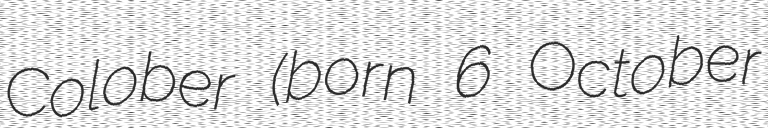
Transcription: Colober (born 6 October